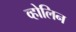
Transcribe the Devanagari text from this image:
व्होलिन